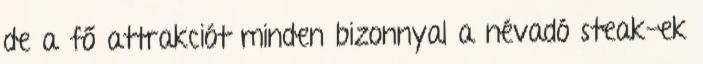
de a fő attrakciót minden bizonnyal a névadó steak-ek